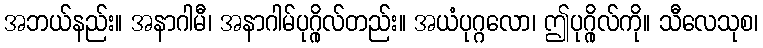
အဘယ်နည်း။ အနာဂါမီ၊ အနာဂါမ်ပုဂ္ဂိုလ်တည်း။ အယံပုဂ္ဂလော၊ ဤပုဂ္ဂိုလ်ကို။ သီလေသုစ၊